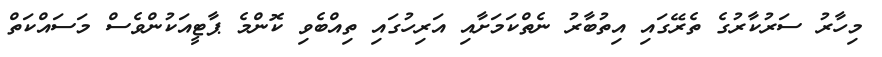
މިހާރު ސަރުކާރުގެ ތެރޭގައި އިތުބާރު ނެތްކަމަށާއި އަރިހުގައި ތިއްބެވި ކޮންމެ ޕާޓީއަކުންވެސް މަސައްކަތް